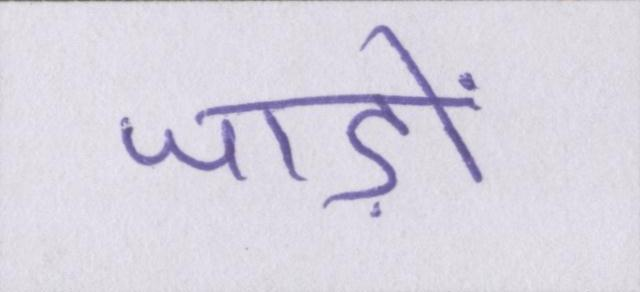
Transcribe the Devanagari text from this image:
जाड़ों